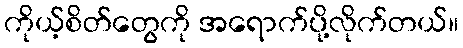
ကိုယ့်စိတ်တွေကို အရောက်ပို့လိုက်တယ်။